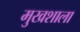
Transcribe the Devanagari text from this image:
मुखशाला